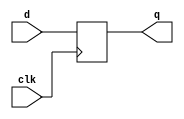
/**************************************************
P1.1 D-FLIPFLOP BEHAVIORAL BASIC
************************************************/

module dffb(q,d,clk);

	input d,clk;
	output reg q;

	always@(posedge clk)
	if(clk)
		q = d;

endmodule